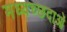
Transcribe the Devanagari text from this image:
मध्यच्छदाओं